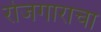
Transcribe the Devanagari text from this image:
रोजगाराचा